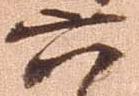
六